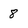
Character: 8